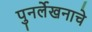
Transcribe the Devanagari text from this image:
पुनर्लेखनाचे